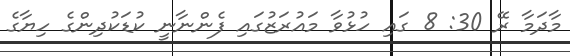
މާދަމާ ރޭ 30: 8 ގައި ހުޅުވާ މައުރަޒުގައި ފެންނާނީ ކުޑަކުދިންގެ ހިޔާގެ